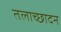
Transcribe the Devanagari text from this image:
तलाच्छादन